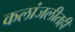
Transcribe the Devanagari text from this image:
कलांजलीतही